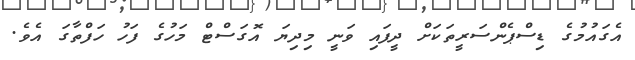
އެގައުމުގެ ޑިސްޕެންސަރީތަކަށް ދީފައި ވަނީ މިދިޔަ އޮގަސްޓް މަހުގެ ފަހު ހަފްތާގަ އެވެ.